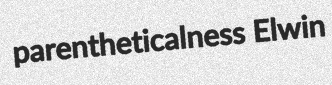
parentheticalness Elwin